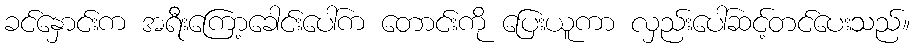
ခင်နှောင်းက အရီးကြော့ခေါင်းပေါ်က တောင်းကို ပြေးယူကာ လှည်းပေါ်ဆင့်တင်ပေးသည်။